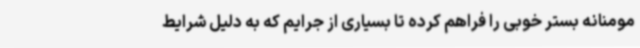
مومنانه بستر خوبی را فراهم کرده تا بسیاری از جرایم که به دلیل شرایط